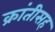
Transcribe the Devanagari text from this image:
क्रांतीसह